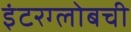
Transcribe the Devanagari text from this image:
इंटरग्लोबची